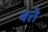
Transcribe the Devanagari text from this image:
बत्ते